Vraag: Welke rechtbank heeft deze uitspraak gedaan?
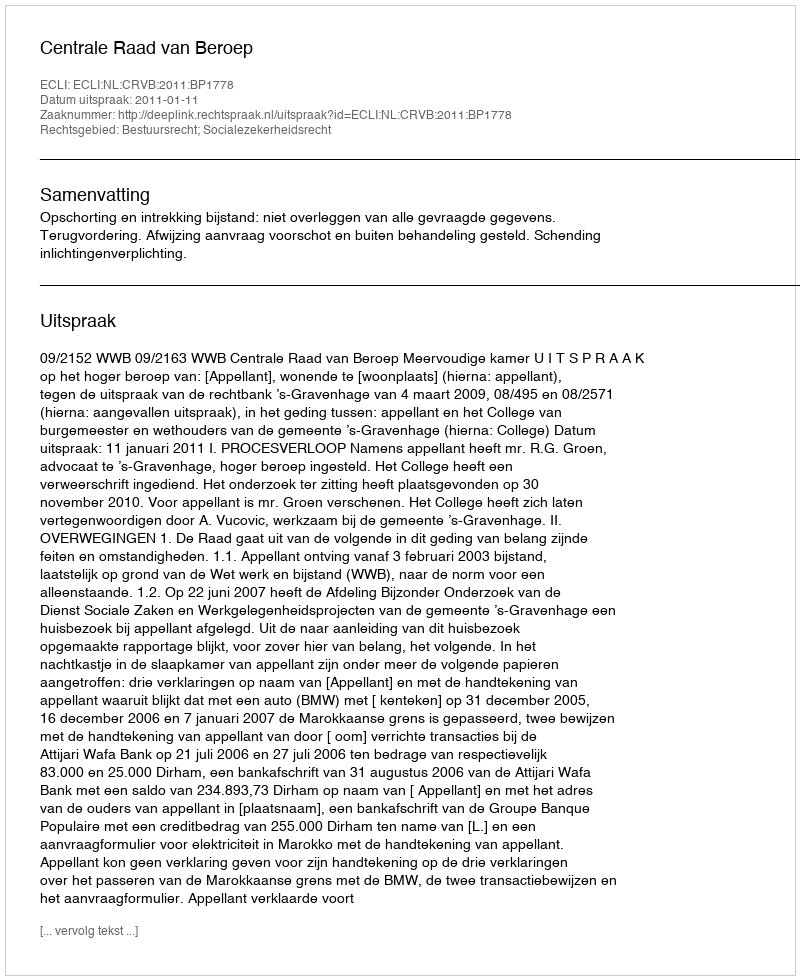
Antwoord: Centrale Raad van Beroep